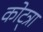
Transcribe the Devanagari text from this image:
कोट्त्रा